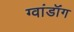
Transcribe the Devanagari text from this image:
ग्वांडॉंग